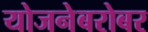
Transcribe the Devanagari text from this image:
योजनेबरोबर